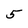
Character: 5